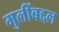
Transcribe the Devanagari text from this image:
मुलींबद्दल